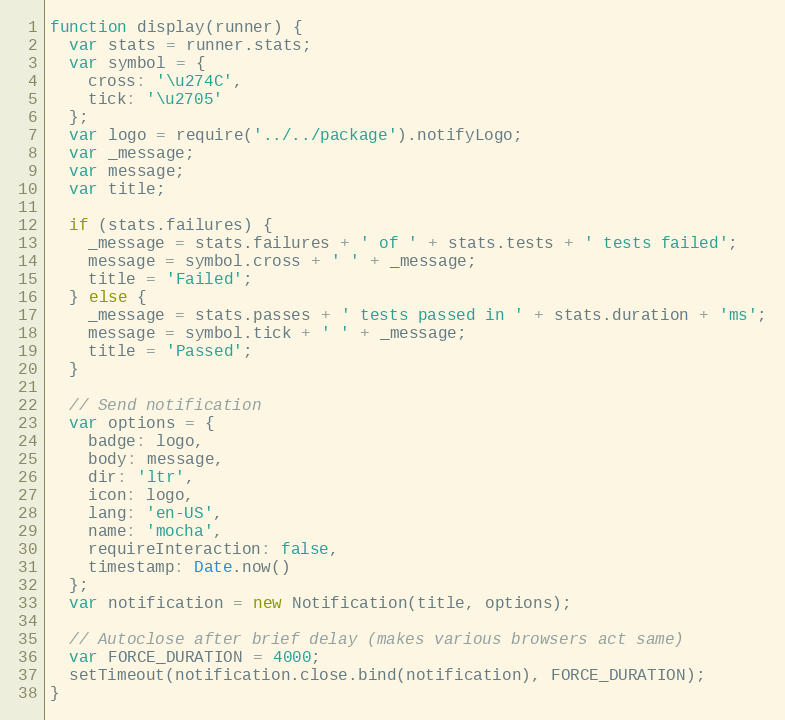
Language: JavaScript
function display(runner) {
  var stats = runner.stats;
  var symbol = {
    cross: '\u274C',
    tick: '\u2705'
  };
  var logo = require('../../package').notifyLogo;
  var _message;
  var message;
  var title;

  if (stats.failures) {
    _message = stats.failures + ' of ' + stats.tests + ' tests failed';
    message = symbol.cross + ' ' + _message;
    title = 'Failed';
  } else {
    _message = stats.passes + ' tests passed in ' + stats.duration + 'ms';
    message = symbol.tick + ' ' + _message;
    title = 'Passed';
  }

  // Send notification
  var options = {
    badge: logo,
    body: message,
    dir: 'ltr',
    icon: logo,
    lang: 'en-US',
    name: 'mocha',
    requireInteraction: false,
    timestamp: Date.now()
  };
  var notification = new Notification(title, options);

  // Autoclose after brief delay (makes various browsers act same)
  var FORCE_DURATION = 4000;
  setTimeout(notification.close.bind(notification), FORCE_DURATION);
}